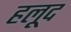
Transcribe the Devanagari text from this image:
हलूद